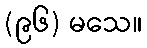
(၉၆) မသေ။